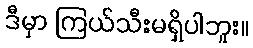
ဒီမှာ ကြယ်သီးမရှိပါဘူး။